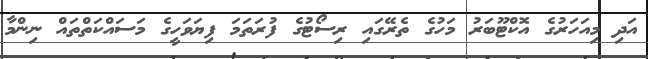
އަދި މިއަހަރުގެ އޮކްޓޫބަރު މަހުގެ ތެރޭގައި ރިސޯޓުގެ ފުރަތަމަ ފިޔަވަހީގެ މަސައްކަތްތައް ނިންމާ